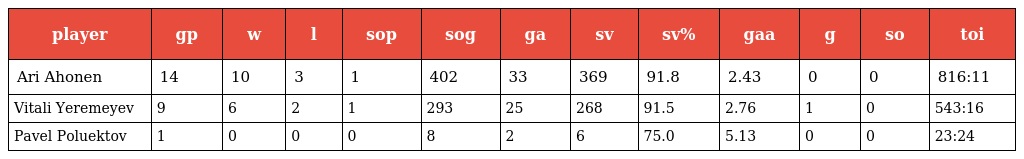
| player | gp | w | l | sop | sog | ga | sv | sv% | gaa | g | so | toi |
 | --- | --- | --- | --- | --- | --- | --- | --- | --- | --- | --- | --- | --- |
 | Ari Ahonen | 14 | 10 | 3 | 1 | 402 | 33 | 369 | 91.8 | 2.43 | 0 | 0 | 816:11 |
 | Vitali Yeremeyev | 9 | 6 | 2 | 1 | 293 | 25 | 268 | 91.5 | 2.76 | 1 | 0 | 543:16 |
 | Pavel Poluektov | 1 | 0 | 0 | 0 | 8 | 2 | 6 | 75.0 | 5.13 | 0 | 0 | 23:24 |